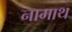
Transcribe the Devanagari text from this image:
नामाथ